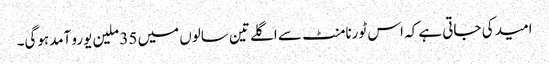
امید کی جاتی ہے کہ اس ٹورنامنٹ سے اگلے تین سالوں میں 35 ملین یورو آمدہوگی۔